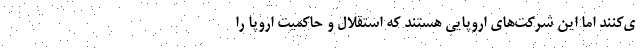
ي‌كنند اما اين شركت‌هاي اروپايي هستند كه استقلال و حاكميت اروپا را